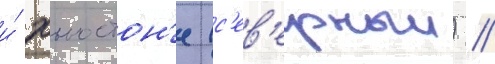
и́ хьюстон'е (с'ев'ерныи) //